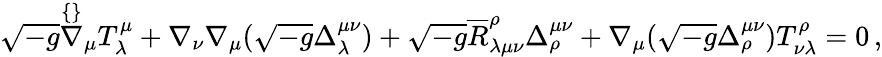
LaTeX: \begin{array}{r}{\sqrt{-g}\stackrel{\{ \} }{\nabla}_{\mu}T^{\mu}_{\lambda}+\nabla_{\nu}\nabla_{\mu}(\sqrt{-g}\Delta^{\mu\nu}_{\lambda})+\sqrt{-g}\overline{{R}}_{\lambda\mu\nu}^{\rho}\Delta^{\mu\nu}_{\rho}+\nabla_{\mu}(\sqrt{-g}\Delta^{\mu\nu}_{\rho})T^{\rho}_{\nu\lambda}=0\, ,}\end{array}